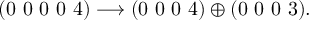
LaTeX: ( 0 ~ 0 ~ 0 ~ 0 ~ 4 ) \longrightarrow ( 0 ~ 0 ~ 0 ~ 4 ) \oplus ( 0 ~ 0 ~ 0 ~ 3 ) .